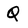
Character: Q